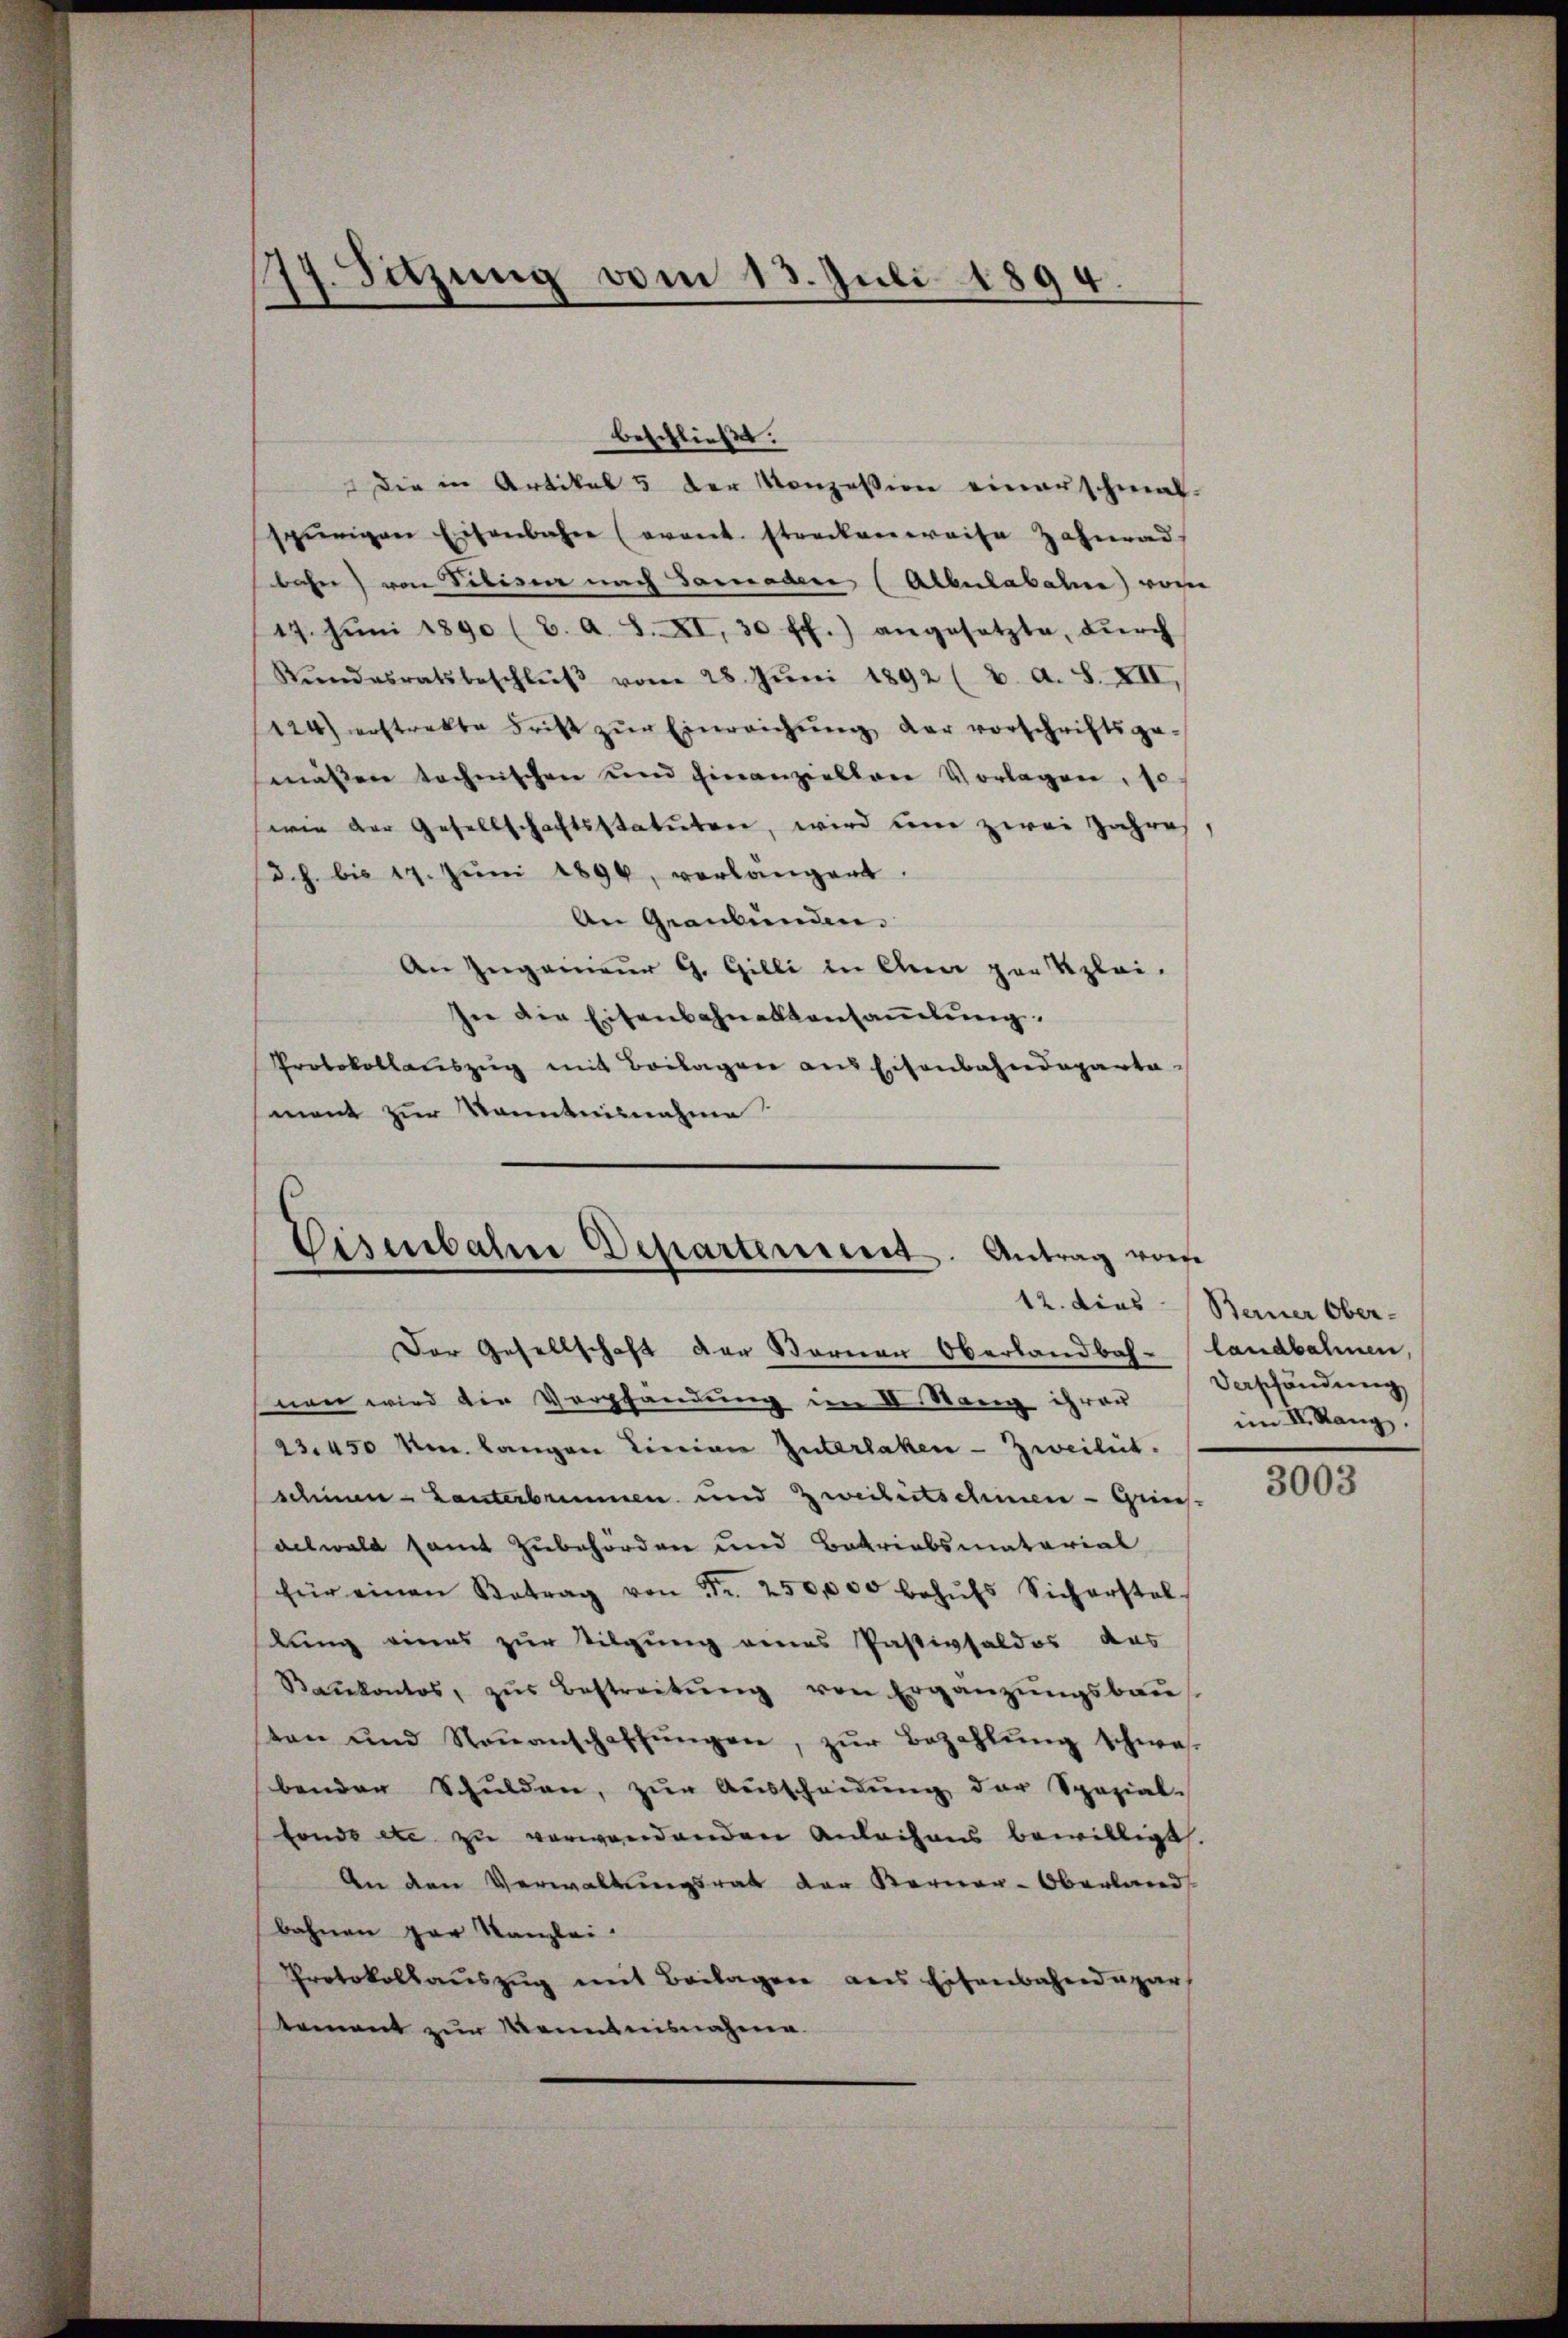
d
17. Sitzung vom 1
1. Juli 1894.

beschließt:
die in Artikel 5 der Konzession einerschmal-
spürigen Eisenbahre (avant streckenweise Zahnrad
bahn) von Tibiser nach Saraden (Albulabahn vom
17. Jŭni 1890 (2. A. S. XI, 30 ff.) angesetzte, dŭrch
Rŭndesratsbeschlŭβ vom 28. Jŭni 1892 (2. A. S. XII,
124) erstrakte Frist zŭr Einreichŭng der vorschriftsge-
mäßen technischen und Finanziellen Vorlagen, so
wie der Gesellschaftsstatuten, wird um zwei Jahres
(d. h. bis 17. Jŭni 1894, verlängert,
An Graubünden.
An Zugenieur G. Gilli in Alma per Szlei-
In die Eisenbahneltansammlung.
Protokollauszug mit Beilagen aus Eisenbahndeparta-
mont zur Kenntnisnahme

Eisenbahne Departement. Antrag vore

Der Gesellschaft der Vernen Oberlandbah-landbahnen,
nen wird die Verpfändung im I. Stang ihrer Verschändung
23.450 Um. langen Linien Interlaken - Zweiheit.
schinen - Lanterbrunnen und Zweiheitschinen - Grins-
aelwald samt Zubehörden und Batriabsmatorial
für einen Betrag von Fr. 250,000 behŭfs Sicherstel
kung eines zur Tilgung eines Pastivsaldos das
Kankontos, zŭr Bestreitŭng von Ergänzŭngsbaŭ
ten und Naṅanschaffŭngen, zŭr Bezahlŭng schwe-
benden Schulden, zŭr Aŭsscheidŭng der Spezial-
fonde etc zu verwendenden Anleihens bewilligt.
An den Verwaltungsrat der Kerner-Oberland
bahnen par Kanzlei.
Protokollauszug mit Beilagen aus Eisenbahndepar
tement zur Kenntnisnahme.

12. dies Berner Ober-
im II. Mang

3003